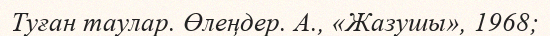
Туған таулар. Өлеңдер. А., «Жазушы», 1968;